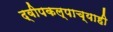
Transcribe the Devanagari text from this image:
द्वीपकल्पाच्याही